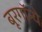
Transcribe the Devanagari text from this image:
बूरगॉन्ये